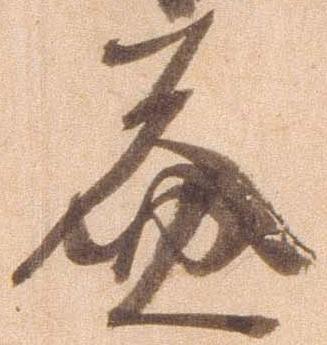
益